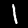
Label: 1